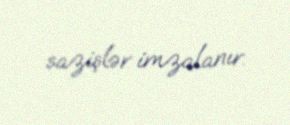
sazişlər imzalanır.